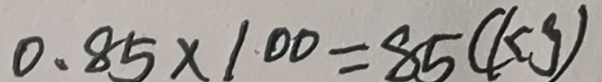
0 . 8 5 \times 1 0 0 = 8 5 ( k g )